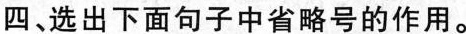
四、选出下面句子中省略号的作用。